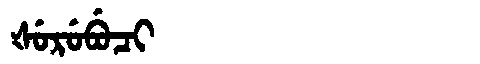
Manchu: ᡧᡠᡵᡠᠪᡠᠴᡳ
Romanization: ŠURUBUCI